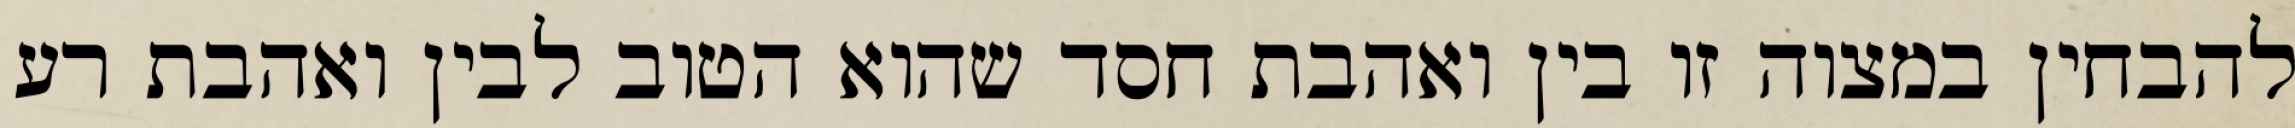
להבחין במצוה זו בין ואהבת חסד שהוא הטוב לבין ואהבת רע